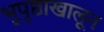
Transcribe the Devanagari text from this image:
भूपृष्ठाखालून